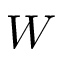
W